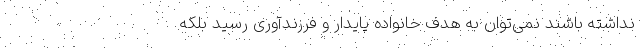
نداشته باشند نمی‌توان به هدف خانواده پایدار و فرزندآوری رسید بلکه